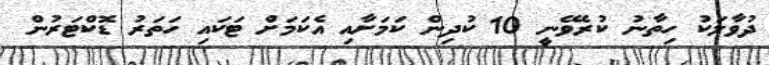
ދުވާލަކު ހިތާނު ކުރެވޭނީ 10 ކުދިން ކަމަށާއި އެކަމަށް ޓަކައި ހަތަރު ޑޮކްޓަރުން